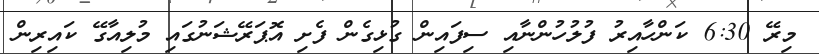
މިރޭ 6:30 ކަންހާއިރު ފުލުހުންނާއި ސިފައިން ގުޅިގެން ފެށި އޮޕަރޭޝަނުގައި މުލިއާގޭ ކައިރިން